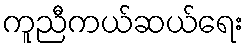
ကူညီကယ်ဆယ်ရေး